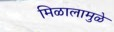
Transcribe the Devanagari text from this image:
मिळालामुळे